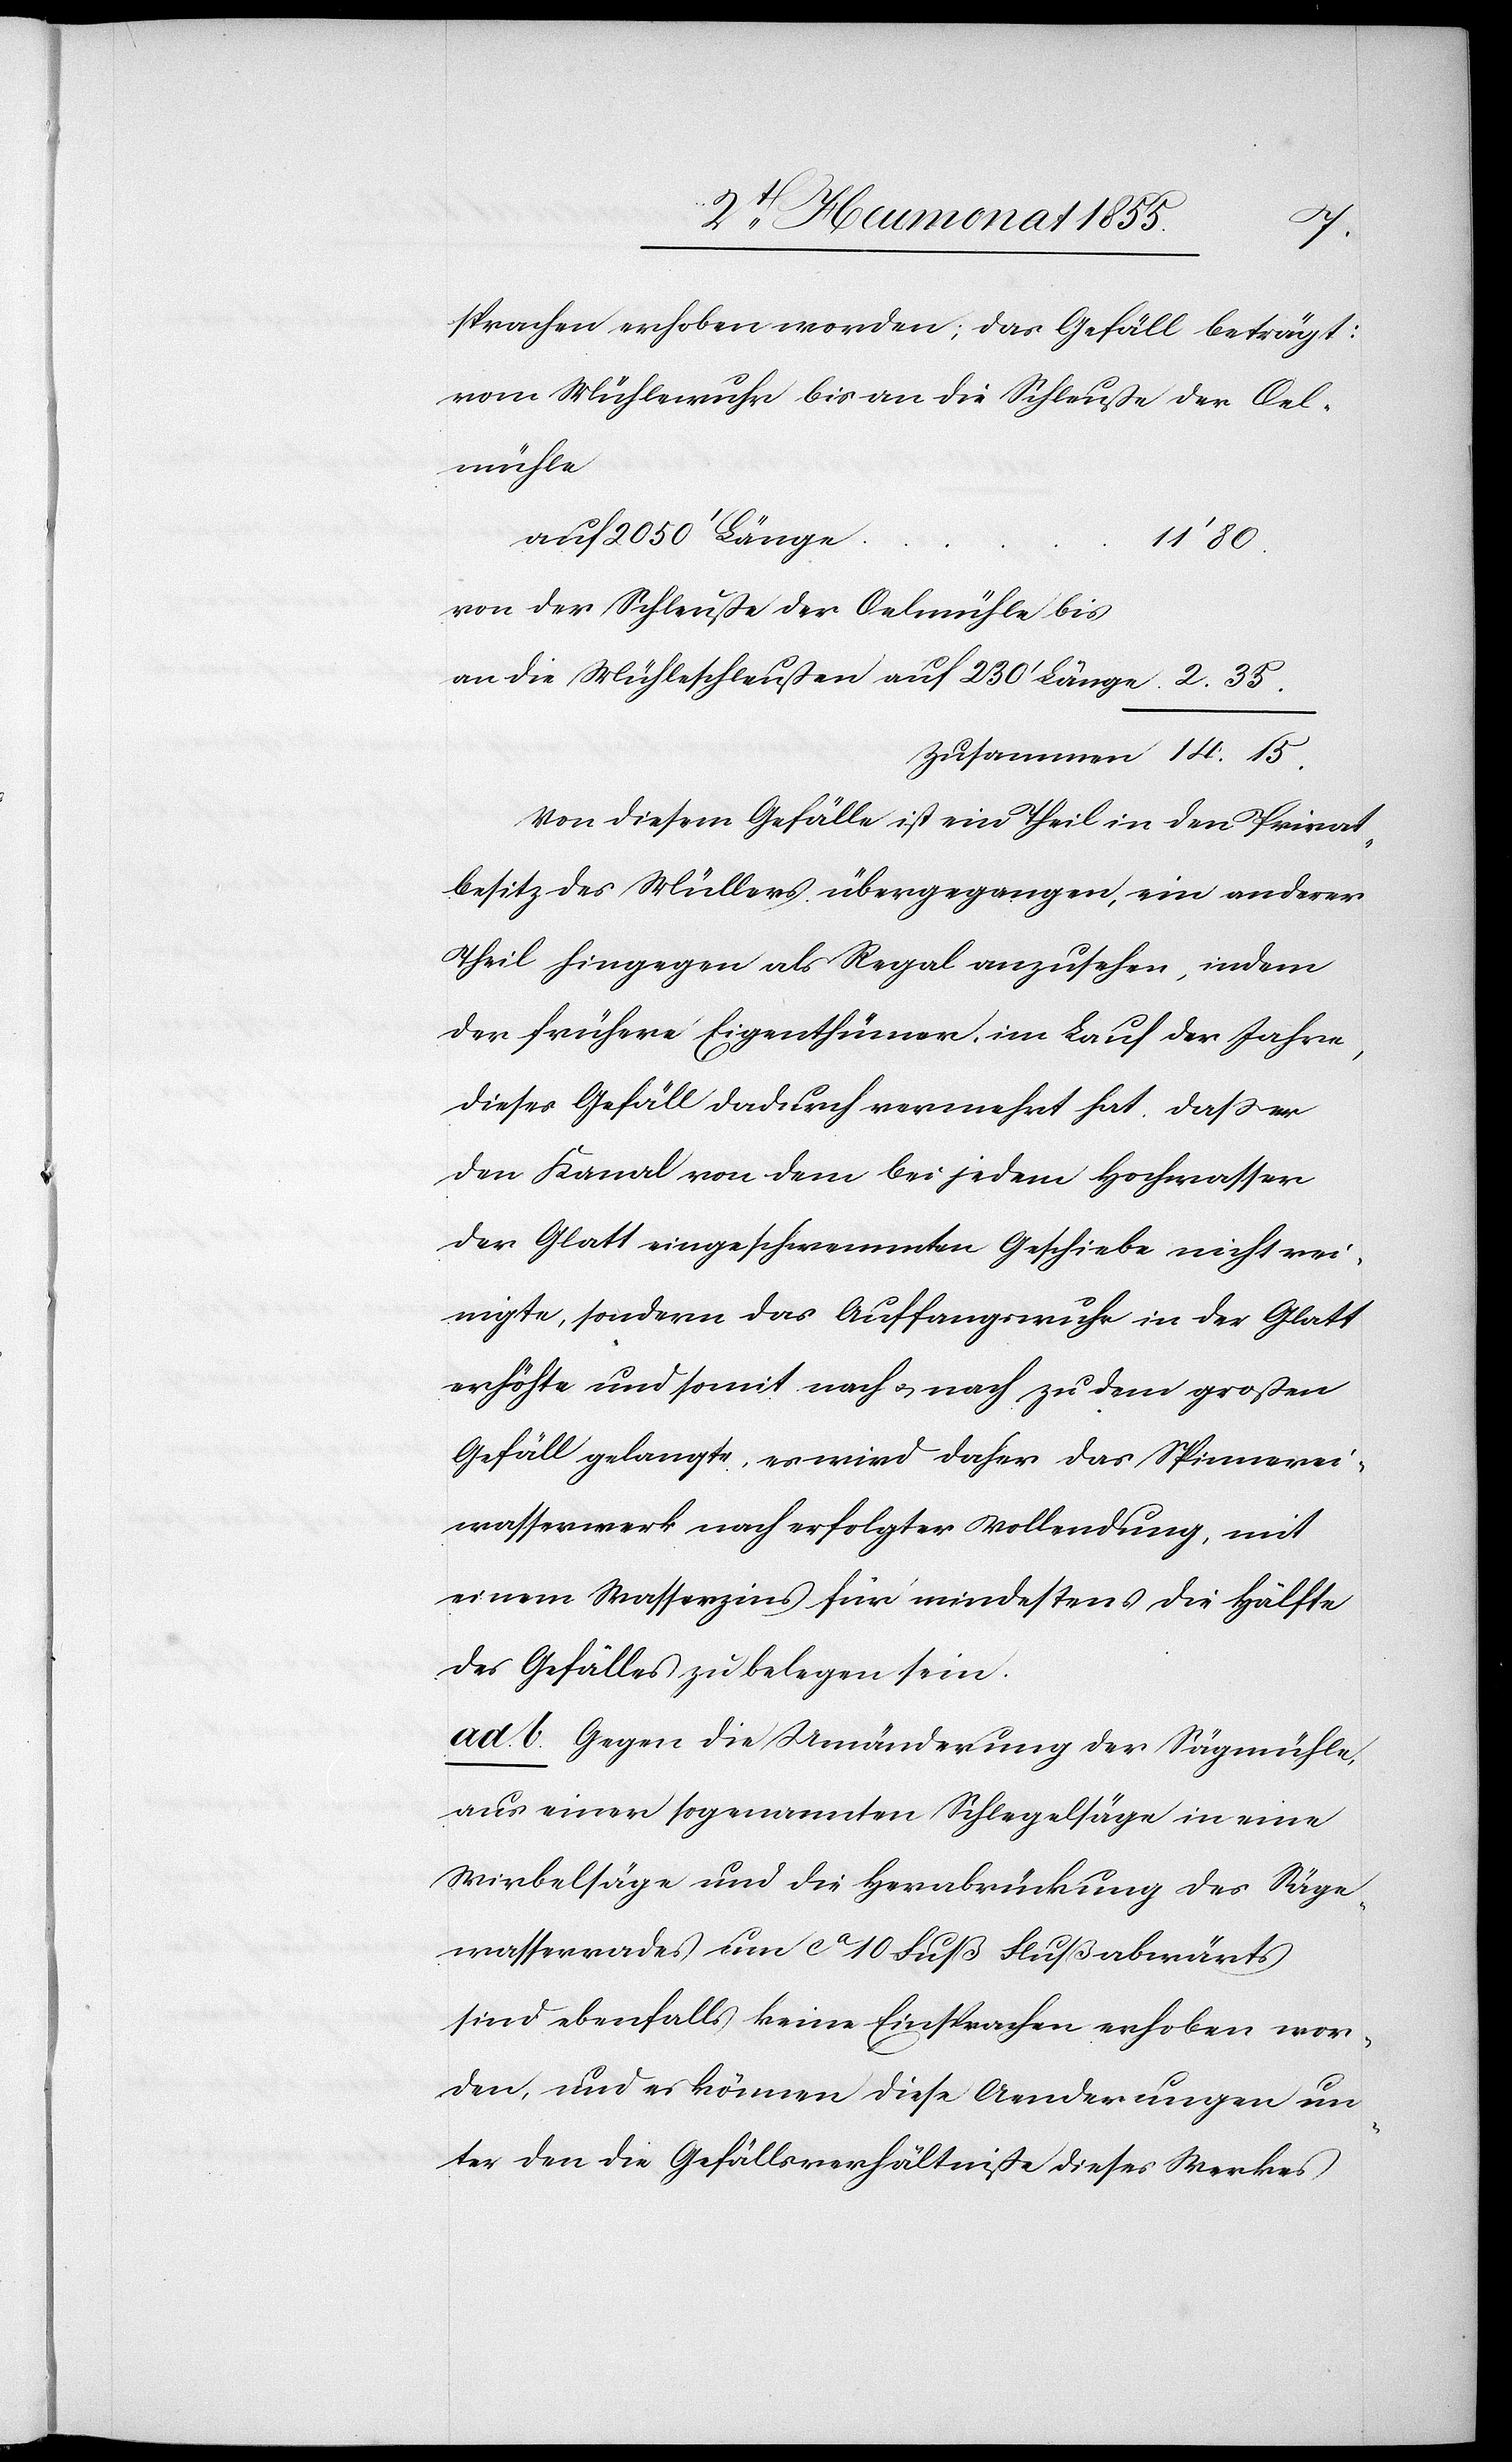
35.
sprachen erhoben worden; das Gefäll beträgt:
vom Mühlewuhr bis an die Schleuße der Oel¬
mühle
auf 2050‘ Länge
14. 15.
von der Schleuße der Oelmühle bis
an die Mühleschleußen auf 230‘ Länge
Von diesem Gefälle ist ein Theil in den Privat¬
besitz des Müllers übergegangen, ein anderer
Theil hingegen als Regal anzusehen, indem
der frühere Eigenthümer, im Lauf der Jahre,
dieses Gefäll dadurch vermehrt hat, dass er
den Kanal von dem bei jedem Hochwasser
der Glatt eingeschwemmten Geschiebe nicht rei¬
nigte, sondern das Auffangswuhr in der Glatt
erhöhte und somit nach & nach zu dem großen
Gefäll gelangte, es wird daher das Spinnerei¬
wasserwerk nach erfolgter Vollendung, mit
einem Wasserzins für mindestens die Hälfte
des Gefälles zu belegen sein.
ad. b. Gegen die Umänderung der Sägmühle,
aus einer sogenannten Schlegelsäge in eine
Wirbelsäge und die Herabrückung des Säge¬
wasserrades um ca 10 Fuß Flußabwärts
sind ebenfalls keine Einsprachen erhoben wor¬
den, und es können diese Aenderungen un¬
ter den die Gefällsverhältniße dieses Werkes